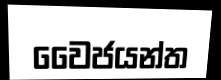
වෛජයන්ත